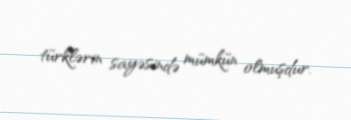
türklərin sayəsində mümkün olmuşdur.